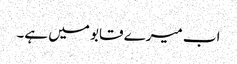
اب میرے قابو میں ہے۔